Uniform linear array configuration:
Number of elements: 32
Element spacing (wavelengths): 0.25
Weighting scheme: blackman
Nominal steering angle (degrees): -30
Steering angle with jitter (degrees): -28.544
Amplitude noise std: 0.05
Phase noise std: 0.05

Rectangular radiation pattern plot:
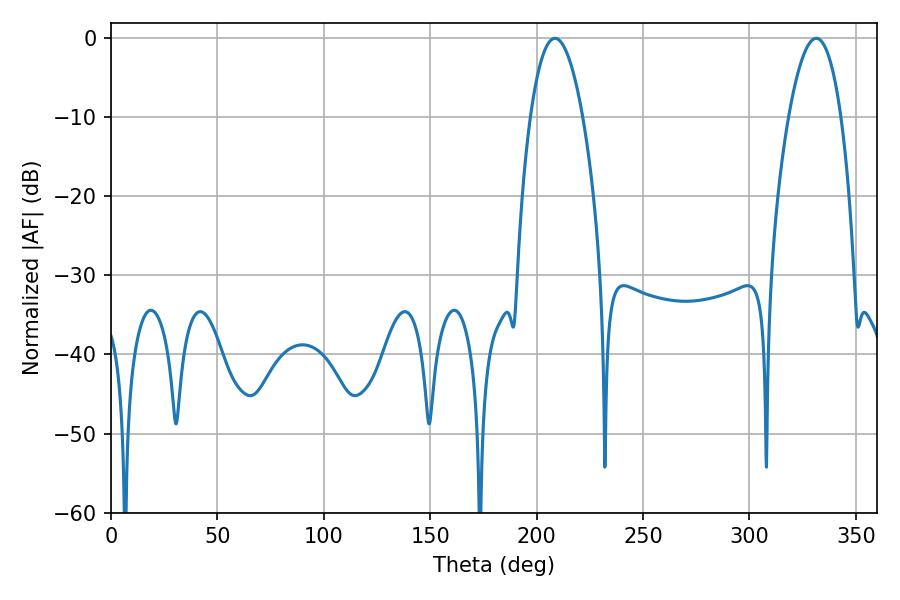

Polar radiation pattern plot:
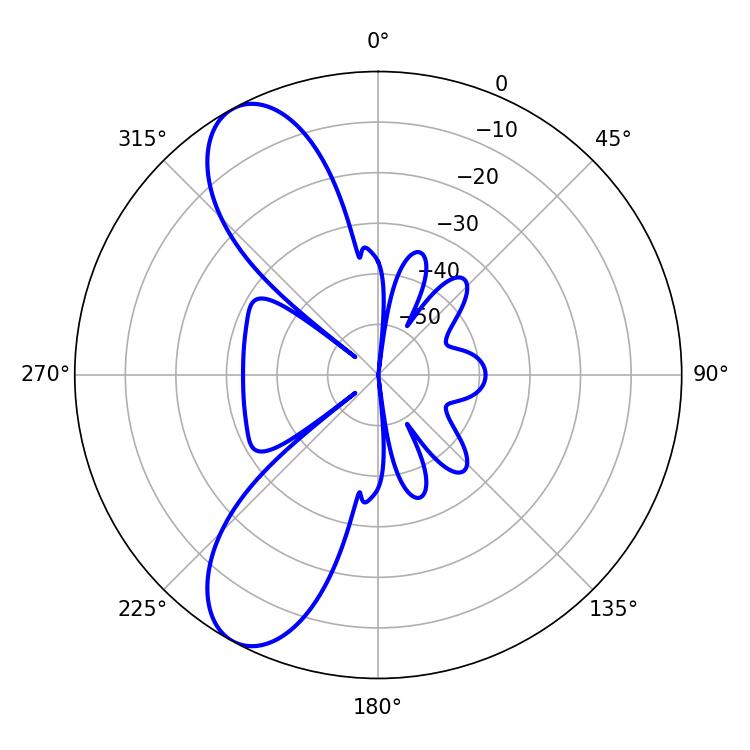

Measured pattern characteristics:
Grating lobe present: FALSE
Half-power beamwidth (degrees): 13.68
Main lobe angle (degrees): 208.62